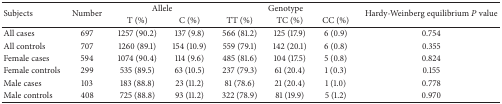
<table><thead><tr><td rowspan="2"><b>Subjects</b></td><td rowspan="2"><b>Number</b></td><td colspan="2"><b>Allele</b></td><td colspan="3"><b>Genotype</b></td><td rowspan="2"><b>Hardy-Weinberg equilibrium <i>P</i> value</b></td></tr><tr><td><b>T (%)</b></td><td><b>C (%)</b></td><td><b>TT (%)</b></td><td><b>TC (%)</b></td><td><b>CC (%)</b></td></tr></thead><tbody><tr><td>All cases</td><td>697</td><td>1257 (90.2)</td><td>137 (9.8)</td><td>566 (81.2)</td><td>125 (17.9)</td><td>6 (0.9)</td><td>0.754</td></tr><tr><td>All controls</td><td>707</td><td>1260 (89.1)</td><td>154 (10.9)</td><td>559 (79.1)</td><td>142 (20.1)</td><td>6 (0.8)</td><td>0.355</td></tr><tr><td>Female cases</td><td>594</td><td>1074 (90.4)</td><td>114 (9.6)</td><td>485 (81.6)</td><td>104 (17.5)</td><td>5 (0.8)</td><td>0.824</td></tr><tr><td>Female controls</td><td>299</td><td>535 (89.5)</td><td>63 (10.5)</td><td>237 (79.3)</td><td>61 (20.4)</td><td>1 (0.3)</td><td>0.155</td></tr><tr><td>Male cases</td><td>103</td><td>183 (88.8)</td><td>23 (11.2)</td><td>81 (78.6)</td><td>21 (20.4)</td><td>1 (1.0)</td><td>0.778</td></tr><tr><td>Male controls</td><td>408</td><td>725 (88.8)</td><td>93 (11.2)</td><td>322 (78.9)</td><td>81 (19.9)</td><td>5 (1.2)</td><td>0.970</td></tr></tbody></table>